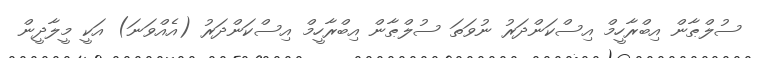
ސުލްޠާން އިބްރާހީމް އިސްކަންދަރު ނުވަތަ ސުލްޠާން އިބްރާހީމް އިސްކަންދަރު (އެއްވަނަ) އަކީ މީލާދީން